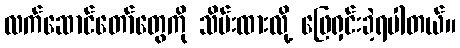
လက်ဆောင်တော်တွေကို သိမ်းထားလို့ ဖြေရှင်းခဲ့ရပါတယ်။